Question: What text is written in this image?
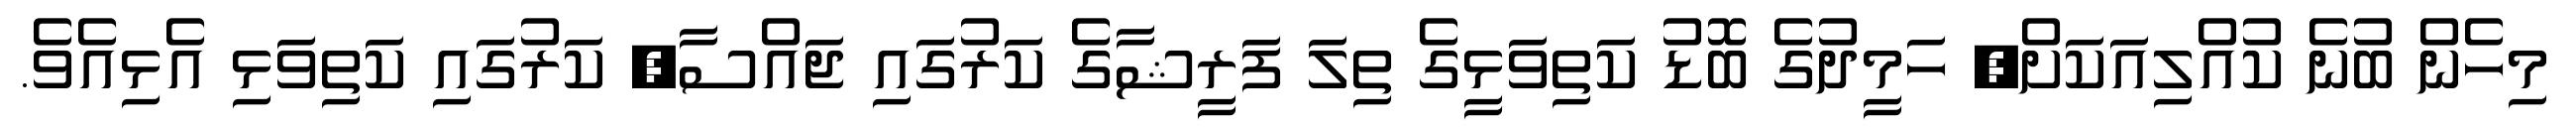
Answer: މިހެން ބުނެ ކުއްލިއަކަށް, ހަމީދުގެ ބޮޑު ކަތިވަޅީގެ ތިލަ ފަރީޝާގެ ކަރުގައި ޖައްސާ, ކަރުގައި ކަތިވަޅި އެޅިއެވެ.